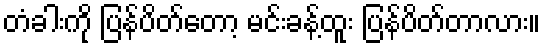
တံခါးကို ပြန်ပိတ်တော့ မင်းခန့်ထူး ပြန်ပိတ်တာလား။